system: You are a helpful assistant.
user:
Analyze the provided spectrum to determine if it is a **S-type Star**.

- **Key Indicators for S-type Star:**

    - **(Overall Spectrum Shape):** The first and most obvious characteristic is the overall continuum (the "baseline" shape). It is **extremely "red-sloping,"** meaning the flux (light intensity) is very low on the left side (blue, ~4000-4500 Å) and rises steeply and continuously toward the right side (red, ~7000 Å+).

    - **(Primary):** The spectrum is defined by the presence of strong, broad molecular absorption "valleys" (bands) from **Zirconium Oxide (ZrO)**. The identification of these bands is the **primary requirement** for classifying a star as S-type.
        - **(Key Bandheads):** You must find distinct, deep "dips" where the light has been absorbed. The most critical band systems to locate are:
            - **~6474 Å** ($\gamma$-system): This is often the strongest and clearest ZrO feature, found in the red part of the spectrum.
            - **~5718 Å** & **~5551 Å** ($\beta$-system): A pair of prominent absorption features in the yellow-orange part of the spectrum.
            - **~4640 Å** ($\alpha$-system): A key absorption band system in the blue-green region of the spectrum.

    - **(Secondary Confirmation):** The classification is strengthened by finding additional absorption bands from other related heavy element oxides, which are expected to be present alongside ZrO.
        - **(Key Bandheads):**
            - **Yttrium Oxide (YO):** Look for absorption dips near **~4800 Å** and **~6100 Å**.
            - **Lanthanum Oxide (LaO):** Additional absorption features, particularly in the red-orange part of the spectrum, are also characteristic.

    - **(Line Profile):** The combination of the steep red continuum and these numerous, deep molecular bands (ZrO, YO, etc.) gives the entire spectrum a very **"chopped-up"** or **"bumpy"** appearance. Instead of a smooth curve, the spectrum looks as though large, wide chunks of light have been "carved out" of it at the specific wavelengths listed above.

Think first, call **spectral_visualization_tool** if needed to examine features in detail, then provide your final answer. Your response must adhere to the following strict rules:
1.  **Overall Structure:** Your response must follow the format `<think>...</think> <tool_call>...</tool_call> (if a tool is used) <answer>...</answer>`.
2.  **Tool Usage Constraint:** You may only make **one** tool call per turn.
3.  **Final Answer Format:** In the `<answer>` tag, your conclusion must be inside a `\boxed{}` command (e.g., `\boxed{YES}` or `\boxed{NO}`), followed by your justification.

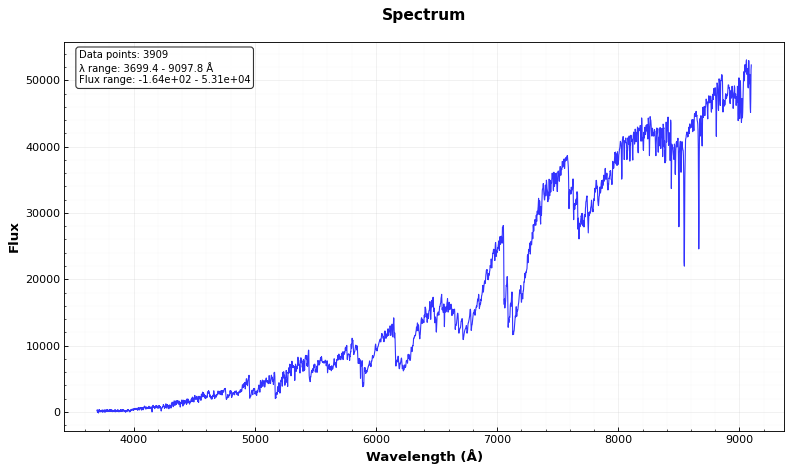
Answer: YES